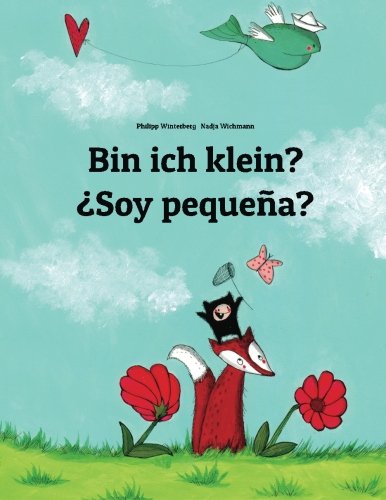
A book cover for Bin ich klein? Â¿Soy pequeÃ±a?: Kinderbuch Deutsch-Spanisch (zweisprachig/bilingual) (German Edition); Philipp Winterberg; Children's Books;